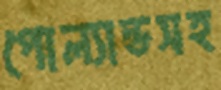
পোল্যান্ডসহ